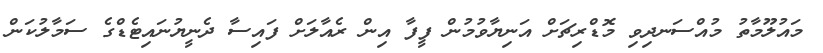
މައުލޫމާތު މުއްސަނދިވި މޮޑްރިޗަށް އަނިޔާވުމުން ފީފާ އިން ރެއާލަށް ފައިސާ ދެނީޔުނައިޓެޑްގެ ސަމާލުކަން